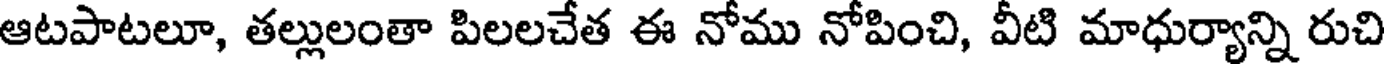
ఆటపాటలూ, తల్లులంతా పిలలచేత ఈ నోము నోపించి, వీటి మాధుర్యాన్ని రుచి